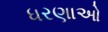
ધરણાઓ